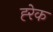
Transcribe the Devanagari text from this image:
ह्‍रेक